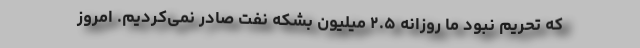
که تحریم نبود ما روزانه ۲.۵ میلیون بشکه نفت صادر نمی‌کردیم. امروز